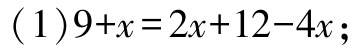
\((1)9 + x = 2x + 12 - 4x\)